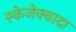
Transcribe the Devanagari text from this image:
स्केजेक्वादा